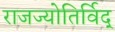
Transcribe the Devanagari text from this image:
राजज्योतिर्विद्